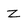
Character: z